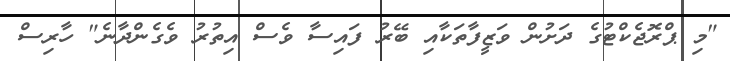
"މި ޕްރޮޖެކްޓުގެ ދަށުން ވަޒީފާތަކާއި ބޭރު ފައިސާ ވެސް އިތުރު ވެގެންދާނެ" ހާރިސް